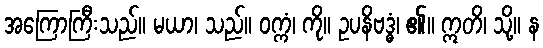
အကြောကြီးသည်။ မယာ၊ သည်။ ဝက္ကံ၊ ကို။ ဥပနိဗဒ္ဓံ၊ ၏။ ဣတိ၊ သို့။ န